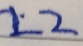
2 2